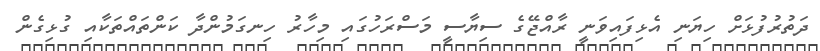
ދަތުރުފުޅަށް ހިޔަނި އެޅިފައިވަނީ ރާއްޖޭގެ ސިޔާސީ މަސްރަހުގައި މިހާރު ހިނގަމުންދާ ކަންތައްތަކާއި ގުޅިގެން